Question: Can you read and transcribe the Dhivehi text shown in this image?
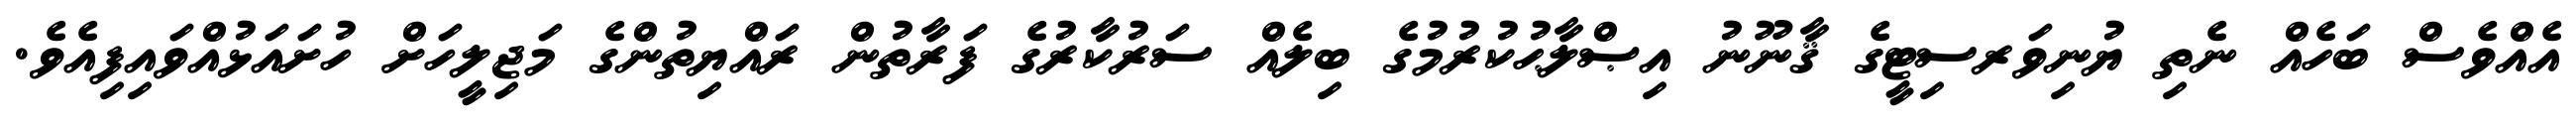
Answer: އެއްވެސް ބަހެއް ނެތި ޔުނިވަރސިޓީގެ ޤާނޫނު އިޞްލާޙުކުރުމުގެ ބިލެއް ސަރުކާރުގެ ފަރާތުން ރައްޔިތުންގެ މަޖިލީހަށް ހުށައަޅުއްވައިފިއެވެ.